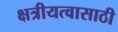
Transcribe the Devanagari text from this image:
क्षत्रीयत्वासाठी